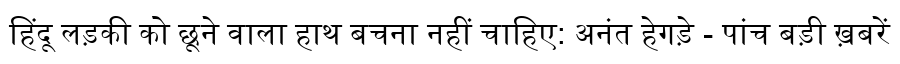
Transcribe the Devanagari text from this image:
हिंदू लड़की को छूने वाला हाथ बचना नहीं चाहिए: अनंत हेगड़े - पांच बड़ी ख़बरें